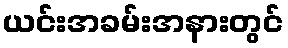
ယင်းအခမ်းအနားတွင်